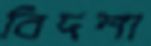
বিদশা